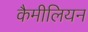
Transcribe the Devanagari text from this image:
कैमीलियन